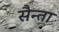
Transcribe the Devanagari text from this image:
सैन्ता